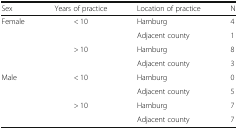
<table><thead><tr><td><b>Sex</b></td><td><b>Years of practice</b></td><td><b>Location of practice</b></td><td><b>N</b></td></tr></thead><tbody><tr><td rowspan="4">Female</td><td rowspan="2">&lt; 10</td><td>Hamburg</td><td>4</td></tr><tr><td>Adjacent county</td><td>1</td></tr><tr><td rowspan="2">&gt; 10</td><td>Hamburg</td><td>8</td></tr><tr><td>Adjacent county</td><td>3</td></tr><tr><td rowspan="4">Male</td><td rowspan="2">&lt; 10</td><td>Hamburg</td><td>0</td></tr><tr><td>Adjacent county</td><td>5</td></tr><tr><td rowspan="2">&gt; 10</td><td>Hamburg</td><td>7</td></tr><tr><td>Adjacent county</td><td>7</td></tr></tbody></table>